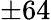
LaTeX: \pm 64